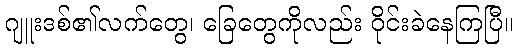
ဂျူးဒစ်၏လက်တွေ၊ ခြေတွေကိုလည်း ဝိုင်းခဲနေကြပြီ။